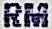
RM